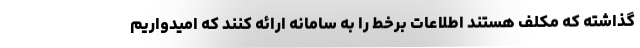
گذاشته که مکلف هستند اطلاعات برخط را به سامانه ارائه کنند که امیدواریم